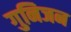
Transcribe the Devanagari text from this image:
गुनिजन